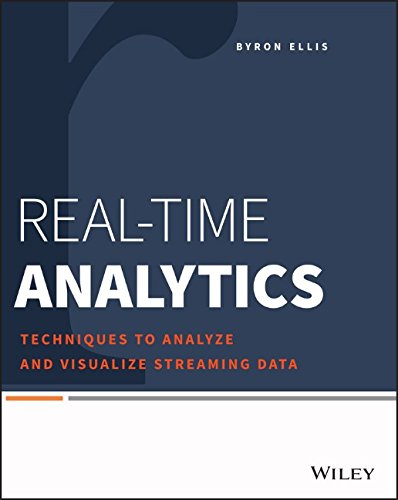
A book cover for Real-Time Analytics: Techniques to Analyze and Visualize Streaming Data; Byron Ellis; Computers & Technology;